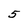
Character: 5